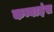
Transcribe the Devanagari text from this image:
कम्बाइंस